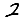
Digit: 2